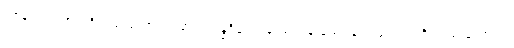
ယာနဿ၊ ယာဉ်ကိုလည်းကောင်း။ မာလာဂန္ဓဝိလေပနဿ၊ ပန်းနံ့သာ နံ့သာပျောင်းကို လည်းကောင်း။